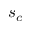
s _ { c }